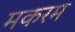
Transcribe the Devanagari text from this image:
मकरम